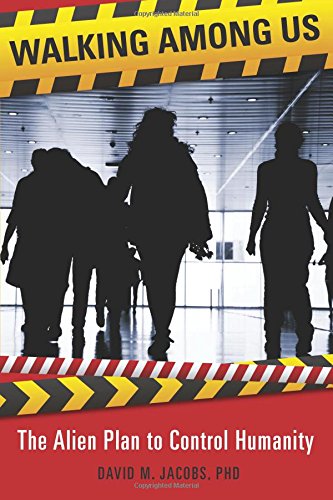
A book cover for Walking Among Us: The Alien Plan to Control Humanity; David M. Jacobs PhD; Science & Math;